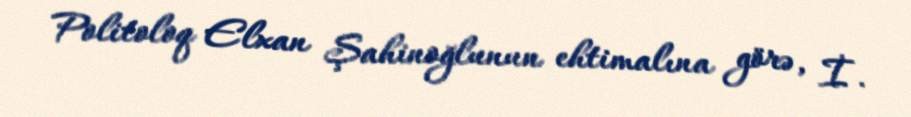
Politoloq Elxan Şahinoğlunun ehtimalına görə, İ.